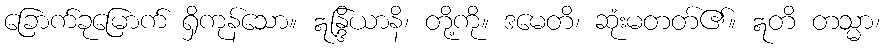
ခြောက်ခုမြောက် ရှိကုန်သော။ ဣန္ဒြိယာနိ၊ တို့ကို။ ဒမေတိ၊ ဆုံးမတတ်၏။ ဣတိ တသ္မာ၊